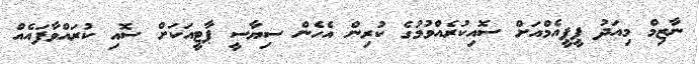
ނާޒިމް މިއަދު ޕީޕީއެމްއަށް ސޮއިކުރެއްވުމުގެ ކުރިން އެހެން ސިޔާސީ ޕާޓީއަކަށް ސޮއި ކުރައްވާފައެއް